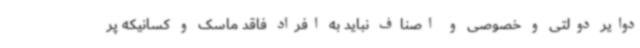
دوایر دولتی و خصوصی و اصناف نباید به افراد فاقد ماسک و کسانیکه پر